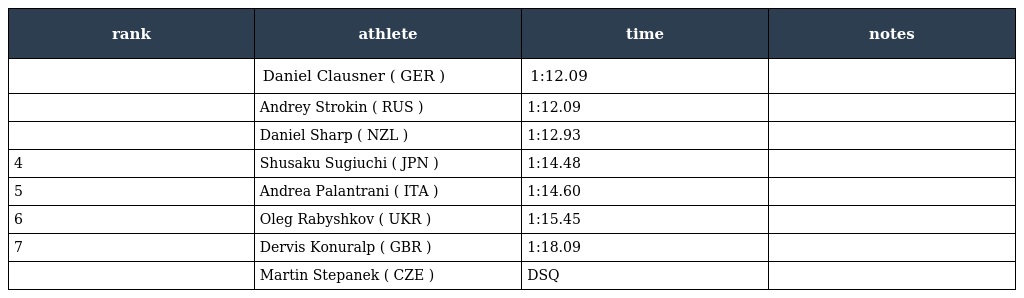
| rank | athlete | time | notes |
 | --- | --- | --- | --- |
 |  | Daniel Clausner ( GER ) | 1:12.09 |  |
 |  | Andrey Strokin ( RUS ) | 1:12.09 |  |
 |  | Daniel Sharp ( NZL ) | 1:12.93 |  |
 | 4 | Shusaku Sugiuchi ( JPN ) | 1:14.48 |  |
 | 5 | Andrea Palantrani ( ITA ) | 1:14.60 |  |
 | 6 | Oleg Rabyshkov ( UKR ) | 1:15.45 |  |
 | 7 | Dervis Konuralp ( GBR ) | 1:18.09 |  |
 |  | Martin Stepanek ( CZE ) | DSQ |  |